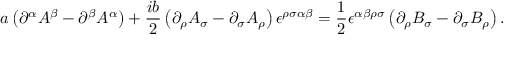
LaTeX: a \left( \partial ^ { \alpha } A ^ { \beta } - \partial ^ { \beta } A ^ { \alpha } \right) + \frac { i b } { 2 } \left( \partial _ { \rho } A _ { \sigma } - \partial _ { \sigma } A _ { \rho } \right) \epsilon ^ { \rho \sigma \alpha \beta } = \frac { 1 } { 2 } \epsilon ^ { \alpha \beta \rho \sigma } \left( \partial _ { \rho } B _ { \sigma } - \partial _ { \sigma } B _ { \rho } \right) .